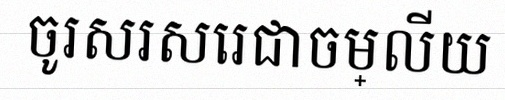
ចូរសរសេរជាចម្លើយ